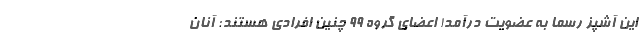
این آشپز رسما به عضویت درآمد! اعضای گروه 99 چنین افرادی هستند: آنان